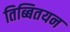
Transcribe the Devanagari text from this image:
तिब्बितयन